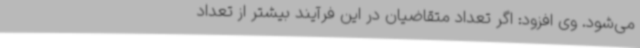
می‌شود. وی افزود: اگر تعداد متقاضیان در این فرآیند بیشتر از تعداد